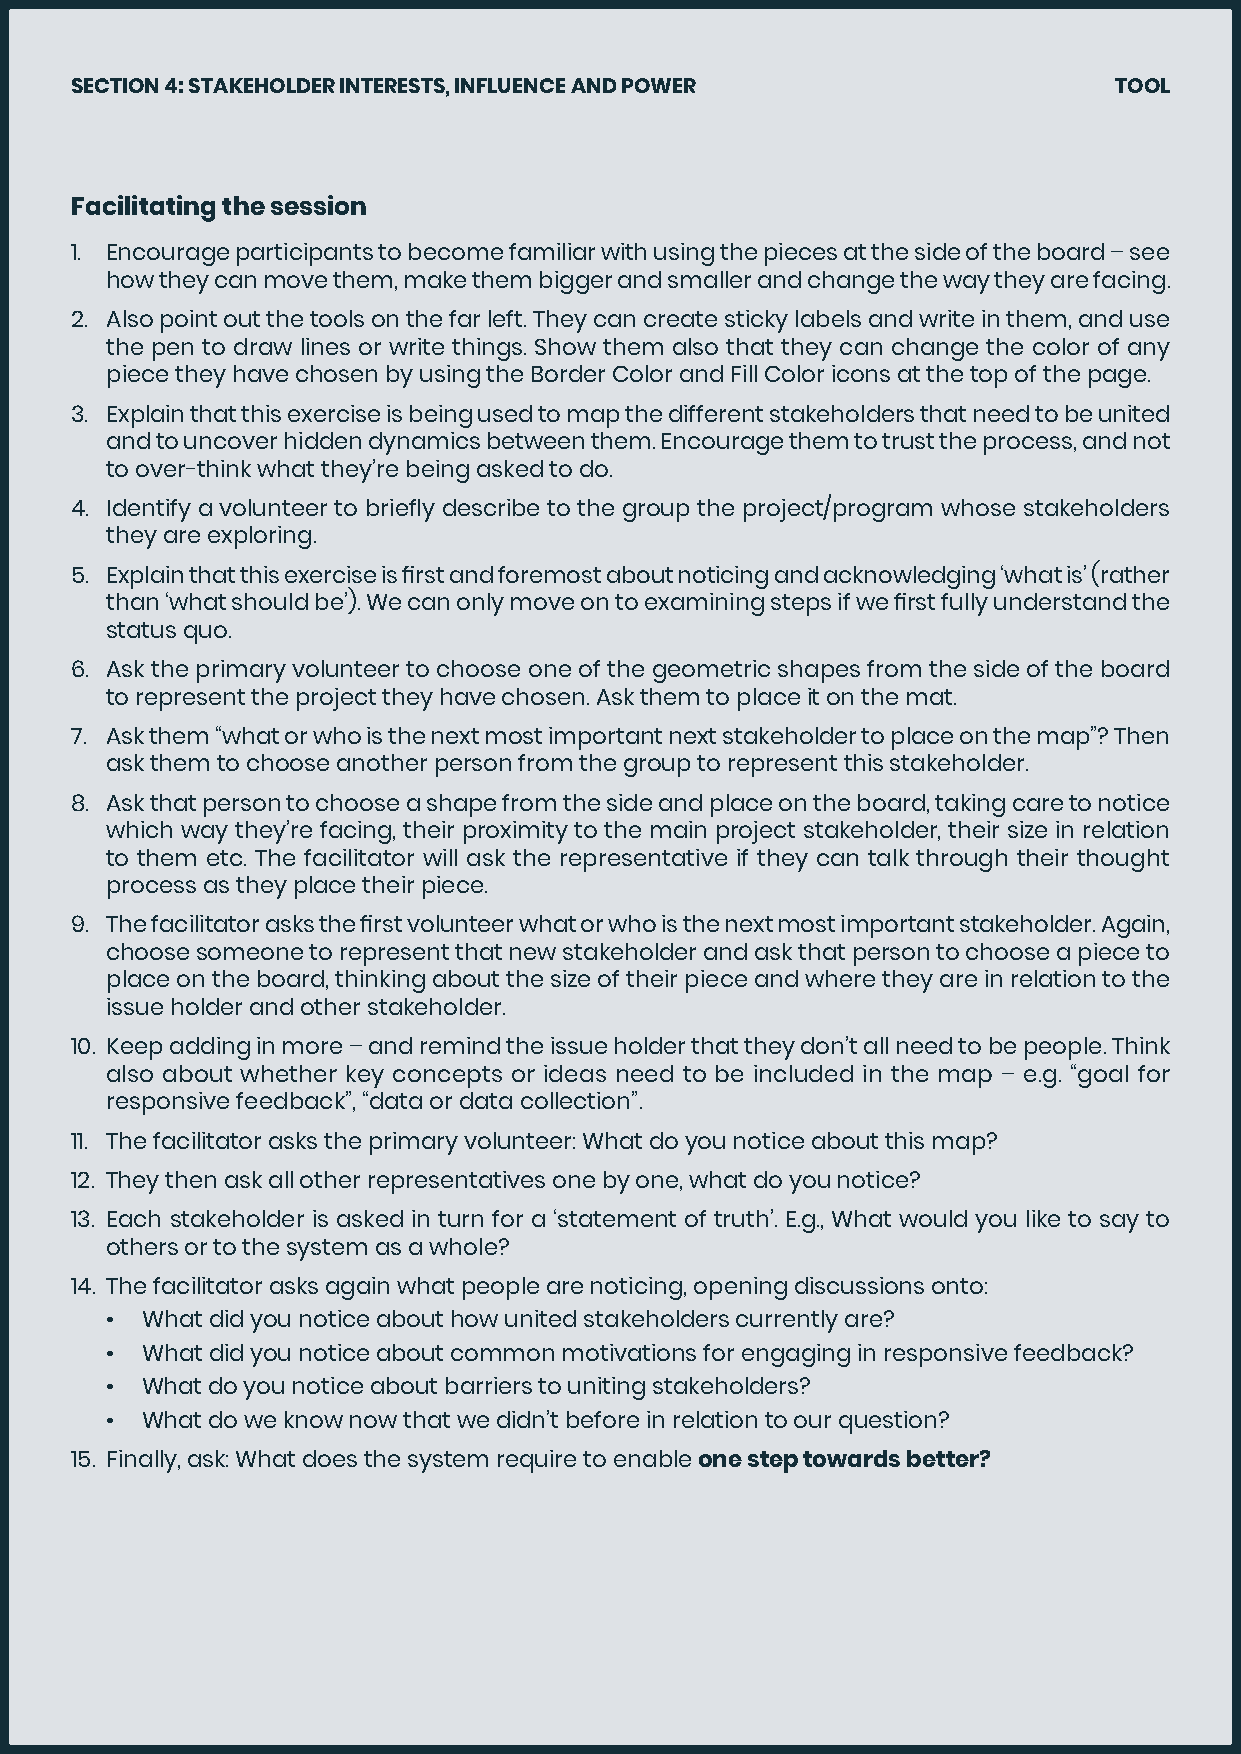
SECTION 4: STAKEHOLDER INTERESTS, INFLUENCE AND POWER                TOOL
 Facilitating the session
 1. Encourage participants to become familiar with using the pieces at the side of the board – see
 how they can move them, make them bigger and smaller and change the way they are facing.
 2. Also point out the tools on the far left. They can create sticky labels and write in them, and use
 the pen to draw lines or write things. Show them also that they can change the color of any
 piece they have chosen by using the Border Color and Fill Color icons at the top of the page.
 3. Explain that this exercise is being used to map the different stakeholders that need to be united
 and to uncover hidden dynamics between them. Encourage them to trust the process, and not
 to over-think what they’re being asked to do.
 4. Identify a volunteer to briefly describe to the group the project/program whose stakeholders
 they are exploring.
 5. Explain that this exercise is first and foremost about noticing and acknowledging ‘what is’ (rather
 than ‘what should be’). We can only move on to examining steps if we first fully understand the
 status quo.
 6. Ask the primary volunteer to choose one of the geometric shapes from the side of the board
 to represent the project they have chosen. Ask them to place it on the mat.
 7. Ask them “what or who is the next most important next stakeholder to place on the map”? Then
 ask them to choose another person from the group to represent this stakeholder.
 8. Ask that person to choose a shape from the side and place on the board, taking care to notice
 which way they’re facing, their proximity to the main project stakeholder, their size in relation
 to them etc. The facilitator will ask the representative if they can talk through their thought
 process as they place their piece.
 9. The facilitator asks the first volunteer what or who is the next most important stakeholder. Again,
 choose someone to represent that new stakeholder and ask that person to choose a piece to
 place on the board, thinking about the size of their piece and where they are in relation to the
 issue holder and other stakeholder.
 10. Keep adding in more – and remind the issue holder that they don’t all need to be people. Think
 also about whether key concepts or ideas need to be included in the map – e.g. “goal for
 responsive feedback”, “data or data collection”.
 11. The facilitator asks the primary volunteer: What do you notice about this map?
 12. They then ask all other representatives one by one, what do you notice?
 13. Each stakeholder is asked in turn for a ‘statement of truth’. E.g., What would you like to say to
 others or to the system as a whole?
 14. The facilitator asks again what people are noticing, opening discussions onto:
 • What did you notice about how united stakeholders currently are?
 • What did you notice about common motivations for engaging in responsive feedback?
 • What do you notice about barriers to uniting stakeholders?
 • What do we know now that we didn’t before in relation to our question?
 15. Finally, ask: What does the system require to enable one step towards better?
 28